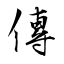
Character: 傳